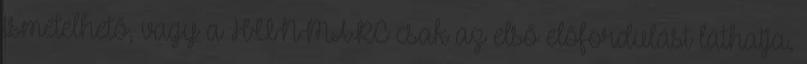
ismételhető, vagy a HUNMARC csak az első előfordulást láthatja.